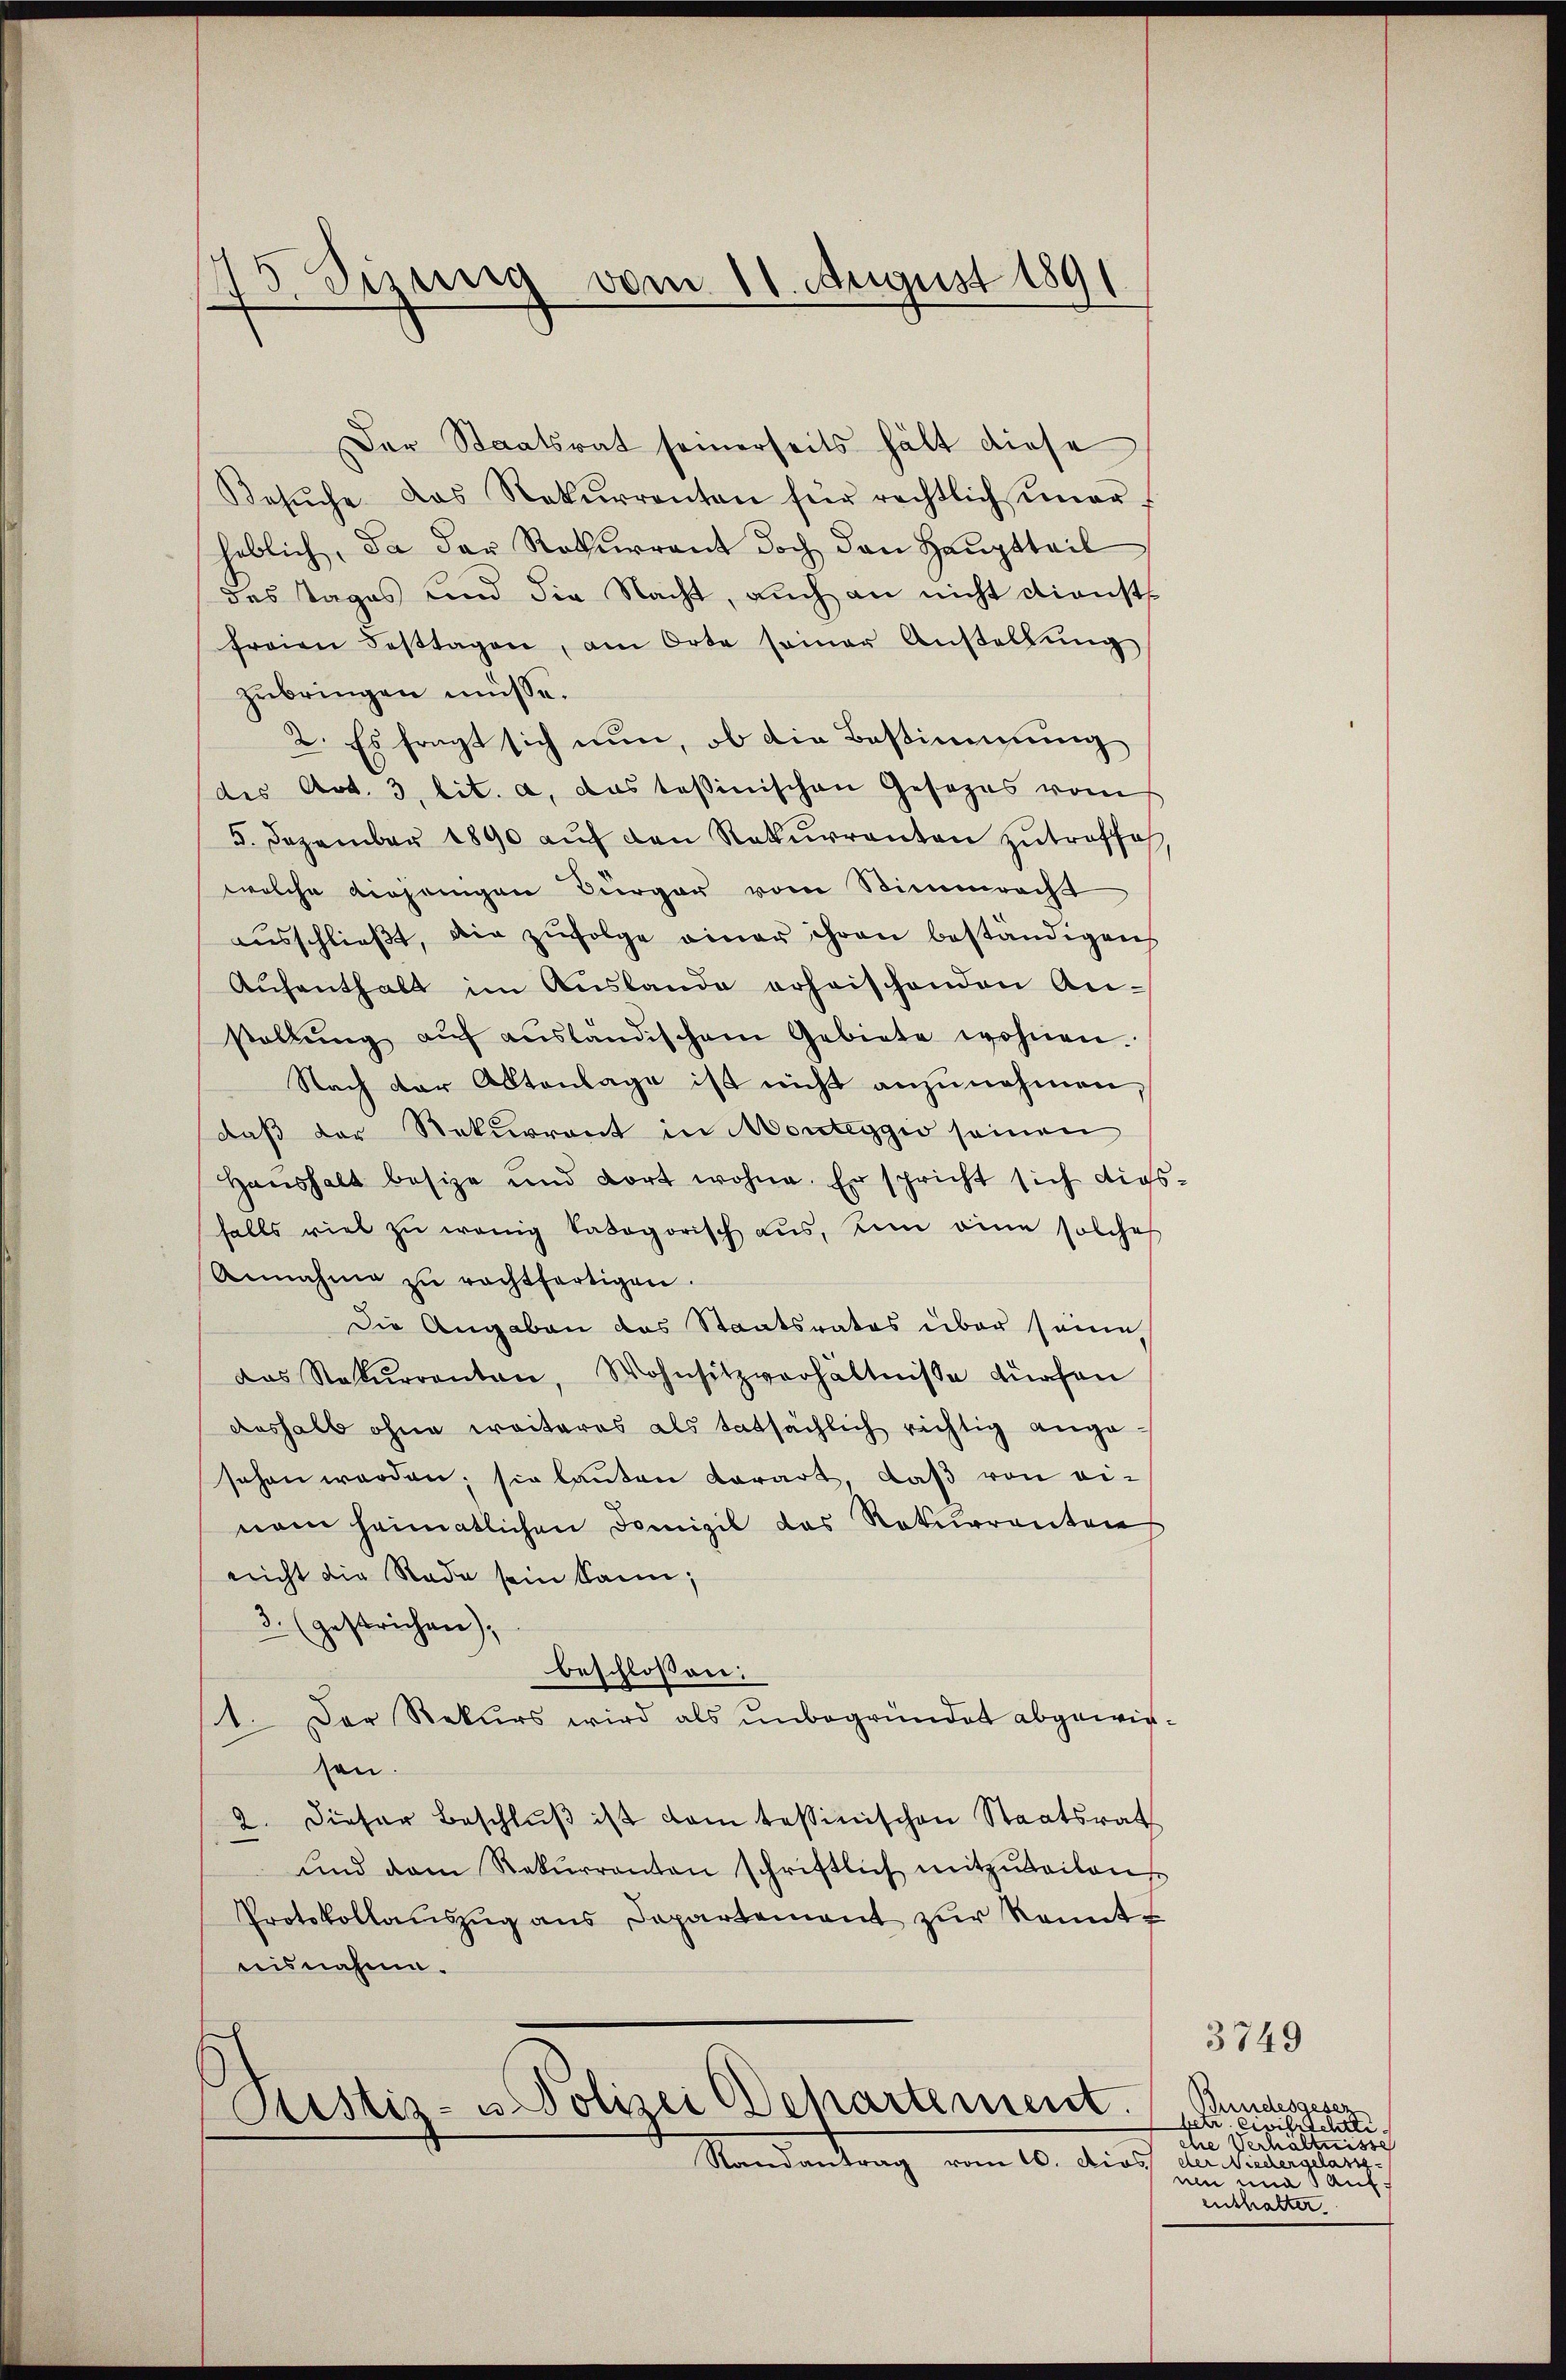
x
Jizung vom 11. August 1891
)
e
.

.
Der Staatsrat seinerseits hält diese
Besŭche das Rekurrenten für rechtlich mar-
heblich, da der Rekurrent doch den Hauptteil
des Tages und die Nacht, auch an nicht dienst
freien Festtagen, am Orte seiner Anstellŭng
zubringen müsse.
2. Es fragt sich nun, ob die Bestimmung
des Art. 3. lit. a, das tessinischen Gesezes vom
5. Dezember 1890 aŭf den Rekurrenten zutreffe
welche derjenigen Bürger vom Stimmrecht
aŭsschlieβt, die zŭfolge einer ihren beständigen
Aŭfenthalt im Auslande erheischenden Anstellŭng aŭf aŭsländischem Gebiete wohnen.
Nach der Aktenlage ist nicht anzŭnehmen,
daß der Rekurrent in Monteggio seinen
Haushalt besize und dort wohne. Er spricht sich diesfalls viel zŭ wenig kategorisch aus, in eine solche
Annahme zu rachtfertigen.
Die Angaben das Staatsrates über seine
das Rekurrenten, Wohnsitzverhältnisse dürfen
deshalb ohne weiteres als tatsächlich richtig angesehen werden; sie lauten Karart, daβ von einem heimatlichen Domizil das Rekurrenten
nicht die Rade sein kann;
3. (gestrichen);
beschlossen:
1. Der Rekurs wird als unbegründet abgewirsan.
2. dieser Beschlŭβ ist dem tessinischen Staatsrath
ŭnd dem Rekŭrranten schriftlich mitzŭteilen
Protokollaŭszŭg ans Departement zŭr Kennt-
nisnahme.

Rustiz- u Polizei Departement.
Randantrag vom 16. dies der Niedergelass

Bundesgesez
betr. Civilrichtli
che Verhältnisse
uen und aufenthalter.

3749